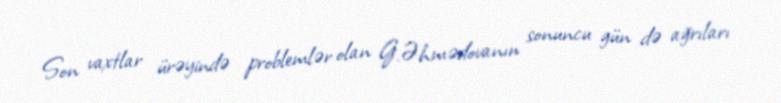
Son vaxtlar ürəyində problemlər olan G.Əhmədovanın sonuncu gün də ağrıları